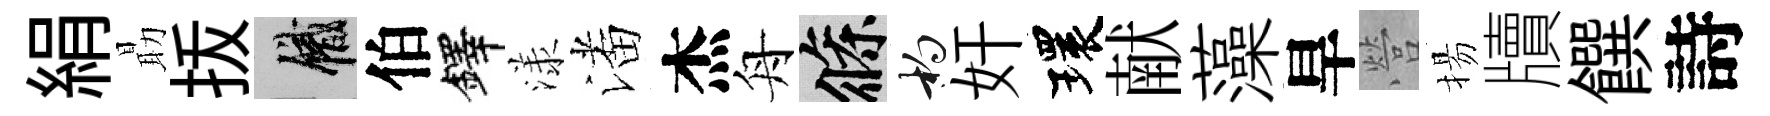
絹朂㧞識伯鐸漾潘杰舟條杓奸環献藻旱營揚牘饌詩